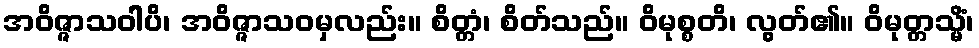
အဝိဇ္ဇာသဝါပိ၊ အဝိဇ္ဇာသဝမှလည်း။ စိတ္တံ၊ စိတ်သည်။ ဝိမုစ္စတိ၊ လွတ်၏။ ဝိမုတ္တသ္မိံ၊